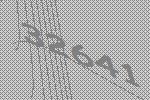
32641